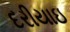
દરીયાઇ